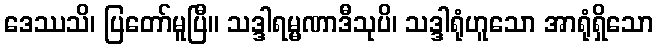
ဒေဿသိ၊ ပြတော်မူပြီ။ သဒ္ဒါရမ္မဏာဒီသုပိ၊ သဒ္ဒါရုံဟူသော အာရုံရှိသော